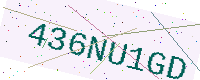
Text: 436NU1GD